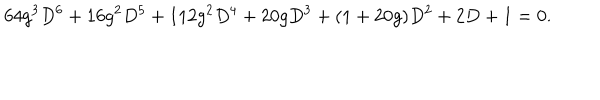
6 4 g ^ { 3 } D ^ { 6 } + 1 6 g ^ { 2 } D ^ { 5 } + 1 1 2 g ^ { 2 } D ^ { 4 } + 2 0 g D ^ { 3 } + ( 1 + 2 0 g ) D ^ { 2 } + 2 D + 1 = 0 .